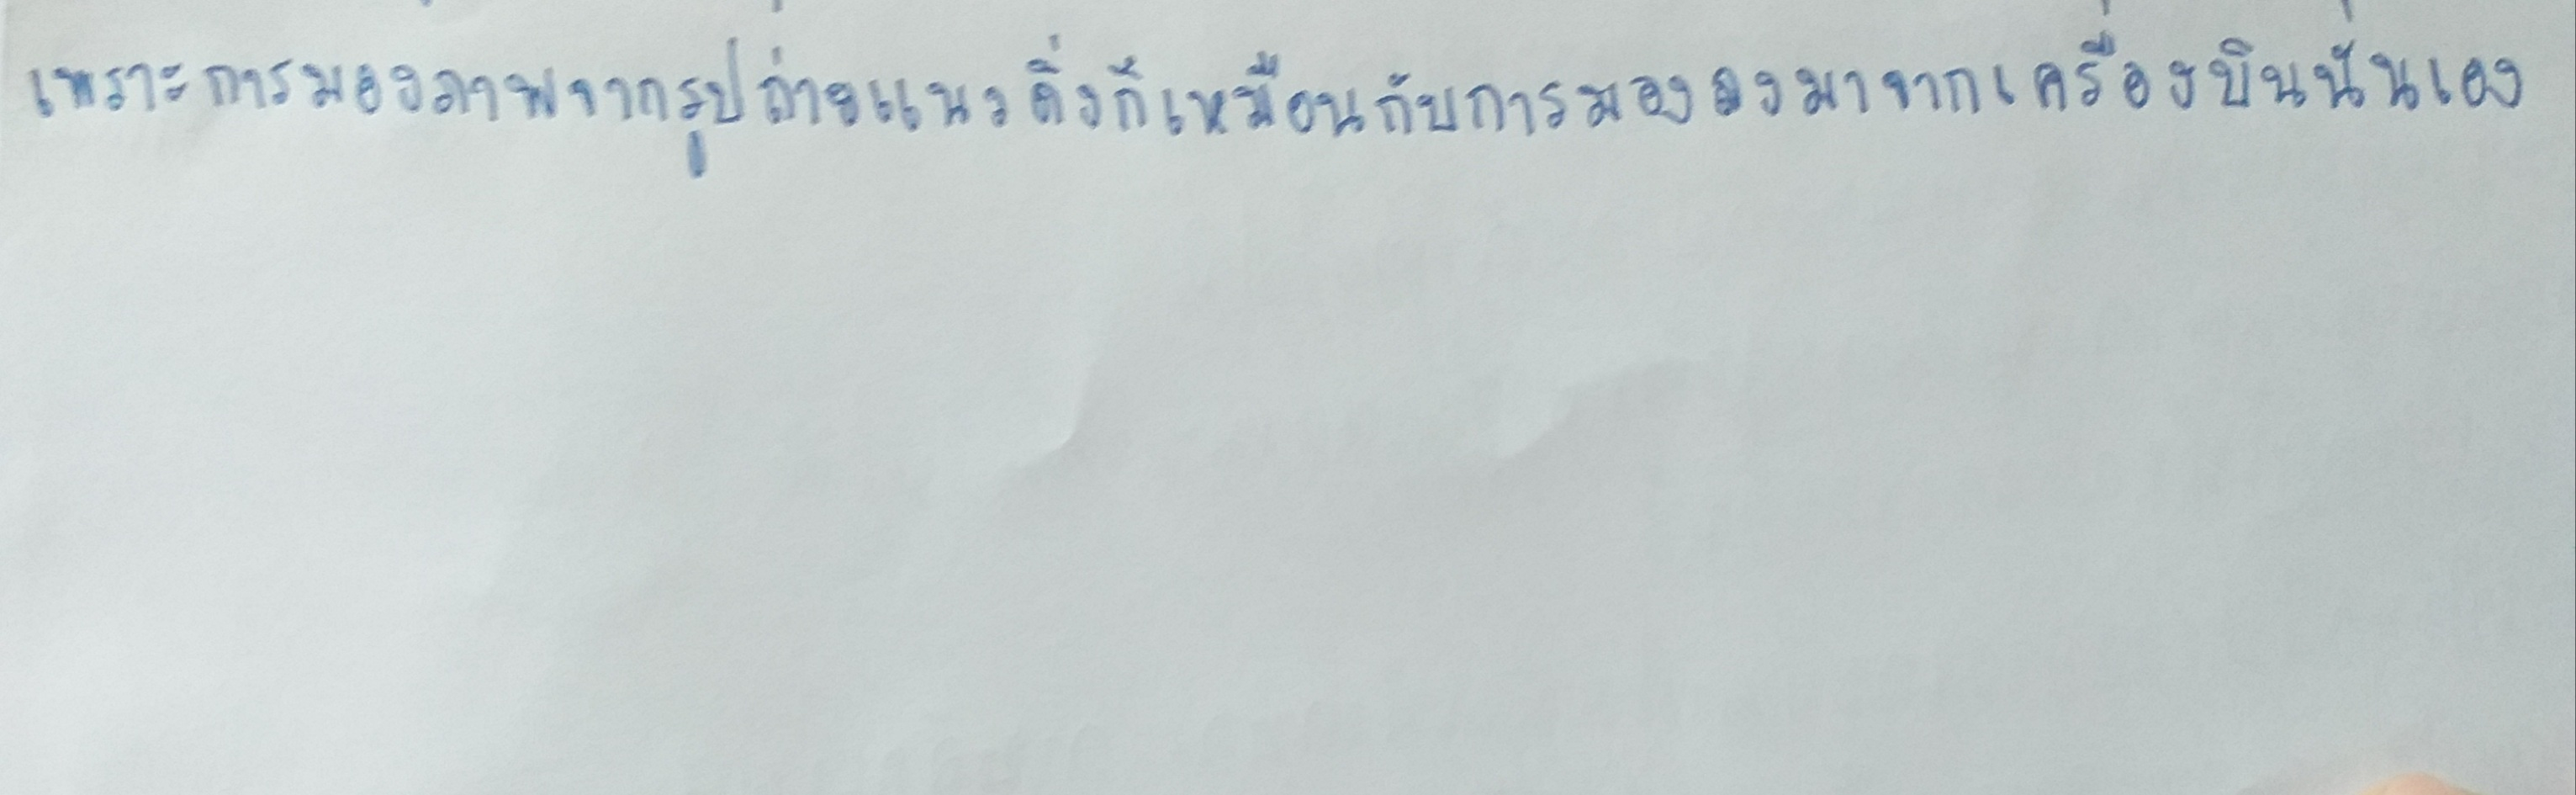
เพราะการมองภาพจากรูปถ่ายแนวดิ่งก็เหมือนกับการมองลงมาจากเครื่องบินนั่นเอง